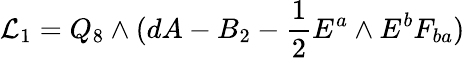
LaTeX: {\cal{L}}_{1}=Q_{8}\wedge(dA-B_{2}-{\frac{1}{2}}E^{a}\wedge E^{b}F_{ba})